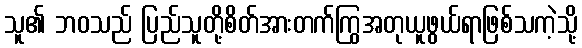
သူ၏ ဘဝသည် ပြည်သူတို့စိတ်အားတက်ကြွအတုယူဖွယ်ရာဖြစ်သကဲ့သို့